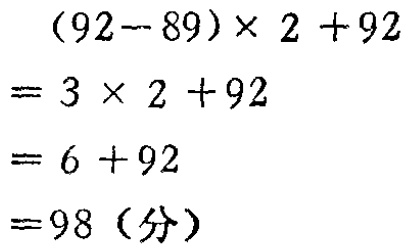
\[
\begin{align*}
&(92 - 89)\times 2+92\\
=&3\times 2 + 92\\
=&6 + 92\\
=&98(\text{分})
\end{align*}
\]